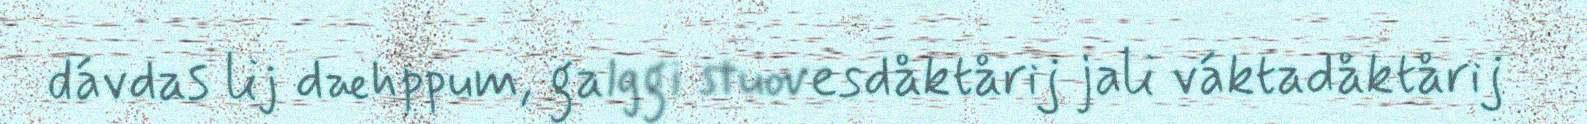
dávdas lij dæhppum, galggi stuovesdåktårij jali váktadåktårij